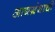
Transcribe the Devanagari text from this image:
आद्यग्रंथाची